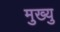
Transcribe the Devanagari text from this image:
मुख्यु